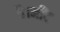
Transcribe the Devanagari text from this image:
है।नींद